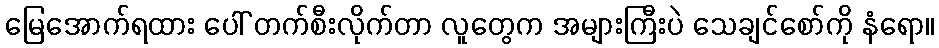
မြေအောက်ရထား ပေါ် တက်စီးလိုက်တာ လူတွေက အများကြီးပဲ သေချင်စော်ကို နံရော။